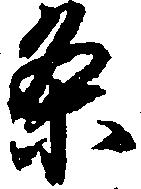
条